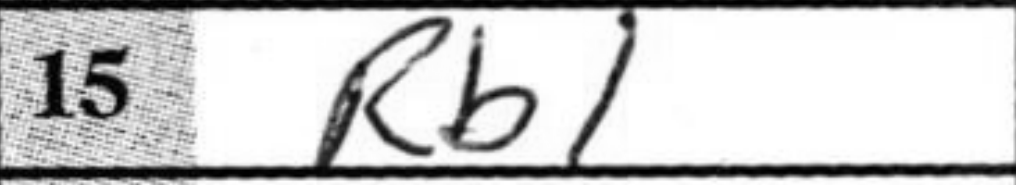
Transcription: Rb1